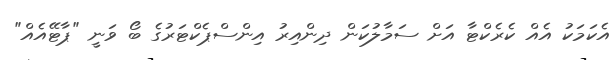
އެކަމަކު އެއް ކެރެކްޓާ އަށް ސަމާލުކަން ދިންއިރު އިންސްޕެކްޓަރުގެ ބޯ ވަނީ "ޕާޓޭއެއް"